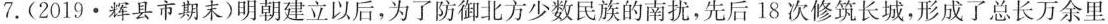
7.(2019·辉县市期末)明朝建立以后，为了防御北方少数民族的南扰，先后18次修筑长城，形成了总长万余里